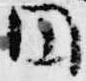
円